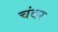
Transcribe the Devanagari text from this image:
चंबर